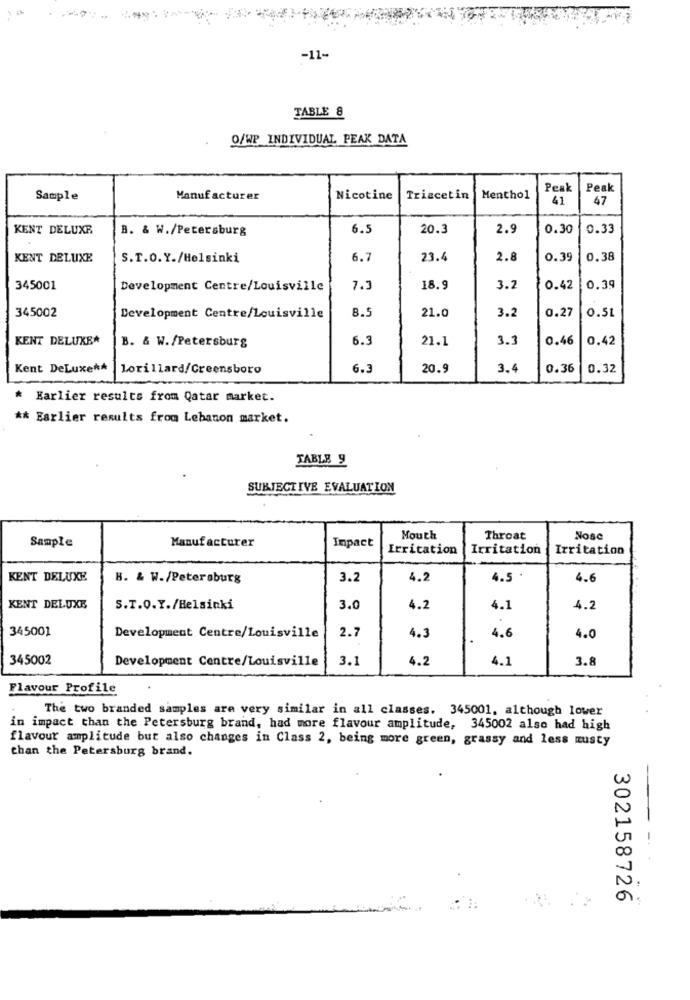
-11-
TABLE 8
O/WP INDIVIDUAL PEAK DATA
Peak
Peak
Sample
Manufacturer
Nicotine
Triacetin
Menthol
41
47
KENT DELUXE
B. & W./Petersburg
6.5
20.3
2.9
0.30
0.33
KENT DELUXE
S.T.O.Y./Helsinki
6.7
23.4
2.8
0.39
0.38
345001
Development Centre/Louisville
7.3
18.9
3.2
0.42
0.39
345002
8.5
3.2
0.27
0.5L
Development Centre/Louisville
21.0
KENT DELUXE*
B. & W./Petersburg
6.3
21.1
3.3
0.46
0.42
Kent DeLuxe **
Lorillard/Greensboro
6.3
20.9
3.4
0.36
0.32
* Earlier results from Qatar market.
** Earlier results from Lebanon market.
TABLE 9
SUBJECTIVE EVALUATION
Manufacturer
Impact
Mouth
Throat
Nosc
Sample
Irritation
Irritation
Irritation
KENT DELUXE
B. & W./Petersburg
3.2
4.2
4.5 .
4.6
KENT DELUXE
S.T.O.Y./Helsinki
3.0
4.2
4.1
4.2
345001
4.3
Development Centre/Louisville
2.7
4.6
4.0
345002
Development Centre/Louisville
3.1
4.2
4.1
3.8
Flavour Profile
The two branded samples are very similar in all classes. 345001, although lower
in impact than the Petersburg brand, had more flavour amplitude, 345002 also had high
flavour amplitude but also changes in Class 2, being more green, grassy and less musty
than the Petersburg brand.
302158726